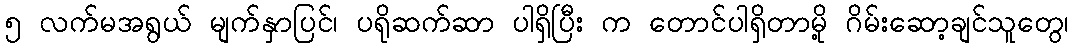
၅ လက်မအရွယ် မျက်နှာပြင်၊ ပရိုဆက်ဆာ ပါရှိပြီး က တောင်ပါရှိတာမို့ ဂိမ်းဆော့ချင်သူတွေ၊